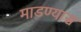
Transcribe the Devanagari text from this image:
माडण्यास